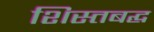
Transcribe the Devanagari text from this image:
शिस्तबद्घ